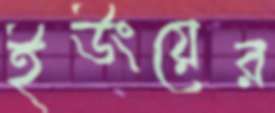
ইউংয়ের